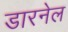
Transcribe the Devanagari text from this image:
डारनेल